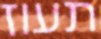
תעוז